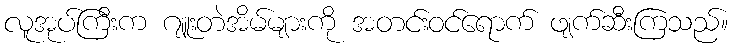
လူအုပ်ကြီးက ဂျူးတဲအိမ်များကို အတင်းဝင်ရောက် ဖျက်ဆီးကြသည်။